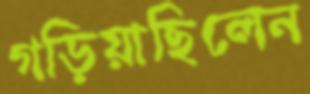
গড়িয়াছিলেন